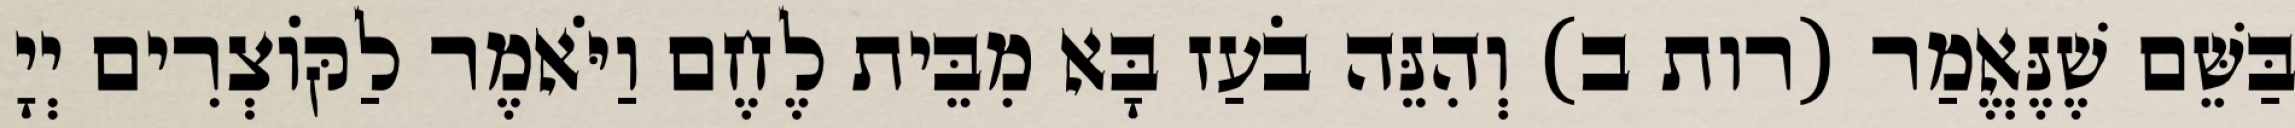
בַּשֵּׁם שֶׁנֶּאֱמַר (רות ב) וְהִנֵּה בֹעַז בָּא מִבֵּית לֶחֶם וַיֹּאמֶר לַקּוֹצְרִים יְיָ